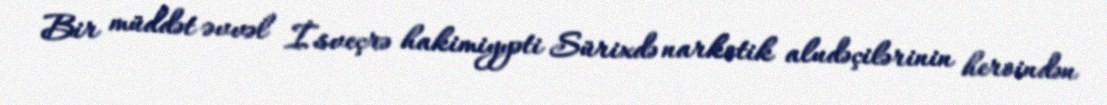
Bir müddət əvvəl İsveçrə hakimiyyəti Sürixdə narkotik aludəçilərinin heroindən